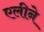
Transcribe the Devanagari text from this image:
एलीने